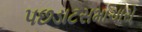
પછડાટસમાચારો